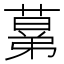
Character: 𦸫